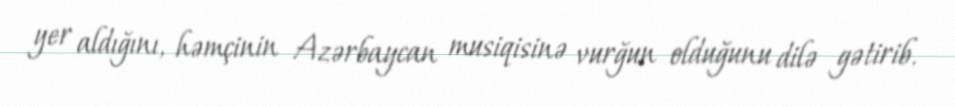
yer aldığını, həmçinin Azərbaycan musiqisinə vurğun olduğunu dilə gətirib.